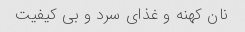
نان کهنه و غذای سرد و بی کیفیت